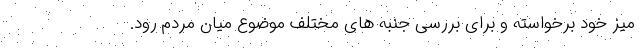
میز خود برخواسته و برای بررسی جنبه های مختلف موضوع میان مردم رود.